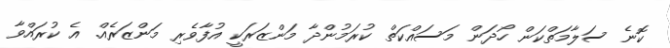
ކޮނެ ސަލާމަތްކަން ހޯދަން މަސައްކަތް ކުރަމުންދާ މަންޒަރަކީ އުފާވެރި މަންޒަރެއް. އެ ކުރައްވާ